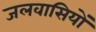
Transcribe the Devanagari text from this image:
जलवासियों